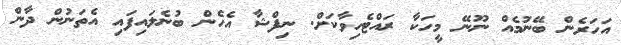
އަހަރެން ބޭނުމެއް ނޫނޭ މީހަކާ ރައްޓެހިވާކަށް. ނިފްޝާ އެހެން ބުނެލައިފައި އެތަނުން ދާން